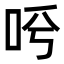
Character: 𠰗